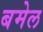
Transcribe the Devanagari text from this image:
बमेल